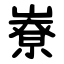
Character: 嶚